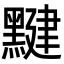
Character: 𪑼